King Institute of Preventive Medicine Bacteriolog. Section reports 1907-08
Year: 1907
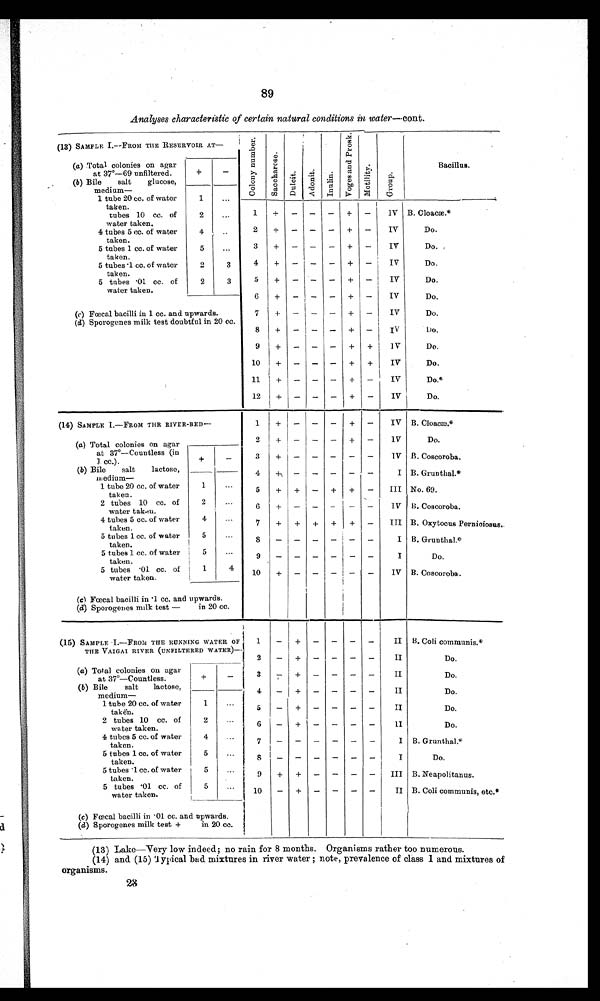
89
Analyses characteristic of certain natural conditions in water—cont.
(13) SAMPLE I.--FROM THE RESERVOIRAT—
(a) Total colonies on agar
at 37°—69 unfiltered.
+
-
(b) Bile
salt
glucose,
medium—
1 tube 20 cc. of water
1
C o l o n y
n u m b e r .
S a c c h a r o s e .
D u l c i t .
Adonit.
I n u l i n .
V o g e s
a n d
p r o s k .
M o t i l i t y .
G r o u p .
.
Bacillus.
taken.
tubes 10 cc. of
2
...
water taken.
4 tubes 5 cc. of water
4
..
taken.
5 tubes 1 cc. of water
5
...
taken.
5 tubes '1 cc. of water
2
3
taken.
5 tubes '01 cc. of
2
3
water taken.
(c) Fœcal bacilli in 1 cc. and upwards.
(d) Sporogenes milk test doubtful in 20 cc.
1
+
-
-
-
+
- I V
2
+
-
-
-
+
-
IV
3
+
-
-
-
+
-
IV
4
+
-
-
-
+
-
IV
5
+
-
-
-
+
-
IV
6
+ - - - + -
IV
7
+
-
+
-
IV
8
+
- — — — - + - I V
9
+
-
-
-
+
+ IV
10
+
-
-
-
+
+
IV
11
+
-
-
-
+
- IV
12
+
-
-
-
+
-
IV
B. Cloacæ.*
Do.
Do.
Do.
Do.
Do.
Do.
Do.
Do.
Do.
Do.*
Do.
(14) SAMPLE. I.— FROM THR RIVER-BED- -
(a) Total colonies on agar
at 37°—Countless (in
1 cc.).
+
-
(b) Bile
salt
glucose,
medium—
1 tube 20 cc. of water
1
...
taken.
2 tubes 10 cc. of
2
...
water taken.
4 tubes 5 cc. of water
t a k e n .
5 tubes 1 cc. of water
5
...
taken.
5 tubes 1 cc. of water
5
...
taken.
5 tubes '01 cc. of
1
4
water taken.
(c) Fœcal bacilli in .1 cc. and upwards.
(d) Sporogenes milk test —
in 20 cc.
1
+ — — — + —
IV
2
+
-
-
-
+
-
I V
3
+ -
-
-
-
-
IV
4
+
-
-
-
-
-
IV
5
+
+
-
+
+
-
III
6
+
-
-
-
-
-
I V
7
+
+ + +
+ —
III
8
—
—
—
— — —
I V
9 + - - - + + I V
10
+
-
-
-
IV
B. Cloacæ.*
Do.
B. Coscoroba.
B. Grunthal.*
No. 69.
B. Coscoroba.
B. Oxytocus Perniciosus..
B. Grunthal.*
Do.
B. Coscoroba.
(15) SAMPLE I.—FROM THE RUNNING WATER OF .
THE VAIGAI RIVER (UNFILTERED WATER)
—
(a) Total colonies on agar
at 37°—Countless.
+
-
(b) Bile
salt lactose,
medium-
1 tube 20 cc. of water
1
...
taken.
2 tubes 10 cc. of
2
...
water taken.
4 tubes 5 cc. of water
4
...
taken.
5 tubes 1 cc. of water
5
...
taken.
5 tubes -1 cc. of water
5
...
taken.
5 tubes '01 cc. of
5
...
water taken.
(c) Fœcal bacilli in • 01 cc. and upwards.
(d) Sporogenes milk test +
in 20 cc.
1 —
+ — — — —
II
2-
+
-
-
-
-
II
3+ — — — —
II
4- + - - - -
II
5
-
+
-
-
-
-
II
6
-
-
-
-
-
II
7 + - - - + - I V
8
+
-
-
-
-
-
I
9
+
+
-
-
-
-
III
10
-
+
-
-
-
-
II
B. Coli communis.*
Do.
Do.
Do.
Do.
Do.
B. Grunthal.*
Do.
B. Neapolitanus.
B. Coli communis, etc.*
(13) Lake—Very low indeed; no rain for 8 months. Organisms rather too numerous.
(14) and (15)Typical bad mixtures in river water ; note, prevalence of class 1 and mixtures of
organisms.
28